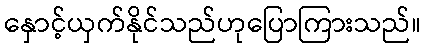
နှောင့်ယှက်နိုင်သည်ဟုပြောကြားသည်။